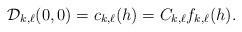
LaTeX: \begin{align*} \mathcal{D}_{k,\ell}(0,0)=c_{k,\ell}(h)=C_{k,\ell} f_{k,\ell}(h).\end{align*}